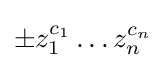
\pm z_{1}^{c_{1}}\dots z_{n}^{c_{n}}